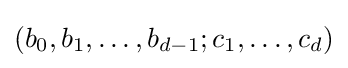
(b_{0},b_{1},\ldots ,b_{d-1};c_{1},\ldots ,c_{d})